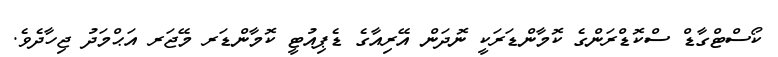
ކޯސްޓްގާޑް ސްކޮޑްރަންގެ ކޮމާންޑަރަކީ ނޮދަން އޭރިއާގެ ޑެޕިއުޓީ ކޮމާންޑަރ މޭޖަރ އަޙްމަދު ޖިހާދެވެ.